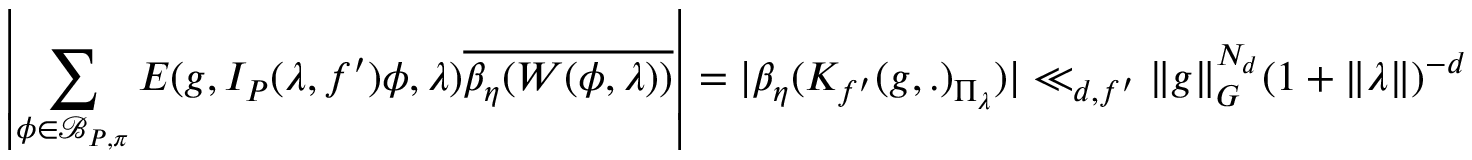
\displaystyle \left\lvert \sum _ { \phi \in \mathcal { B } _ { P , \pi } } E ( g , I _ { P } ( \lambda , f ^ { \prime } ) \phi , \lambda ) \overline { { \beta _ { \eta } ( W ( \phi , \lambda ) ) } } \right\rvert = \lvert \beta _ { \eta } ( K _ { f ^ { \prime } } ( g , . ) _ { \Pi _ { \lambda } } ) \rvert \ll _ { d , f ^ { \prime } } \lVert g \rVert _ { G } ^ { N _ { d } } ( 1 + \lVert \lambda \rVert ) ^ { - d }